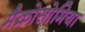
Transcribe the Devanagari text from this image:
मैक्रोसोमिया